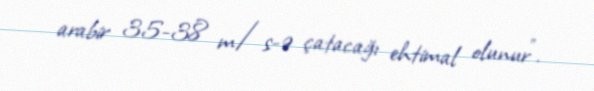
arabir 35-38 m/s-ə çatacağı ehtimal olunur".